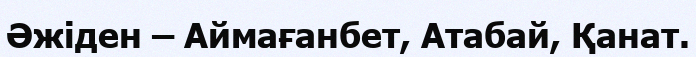
Әжіден – Аймағанбет, Атабай, Қанат.